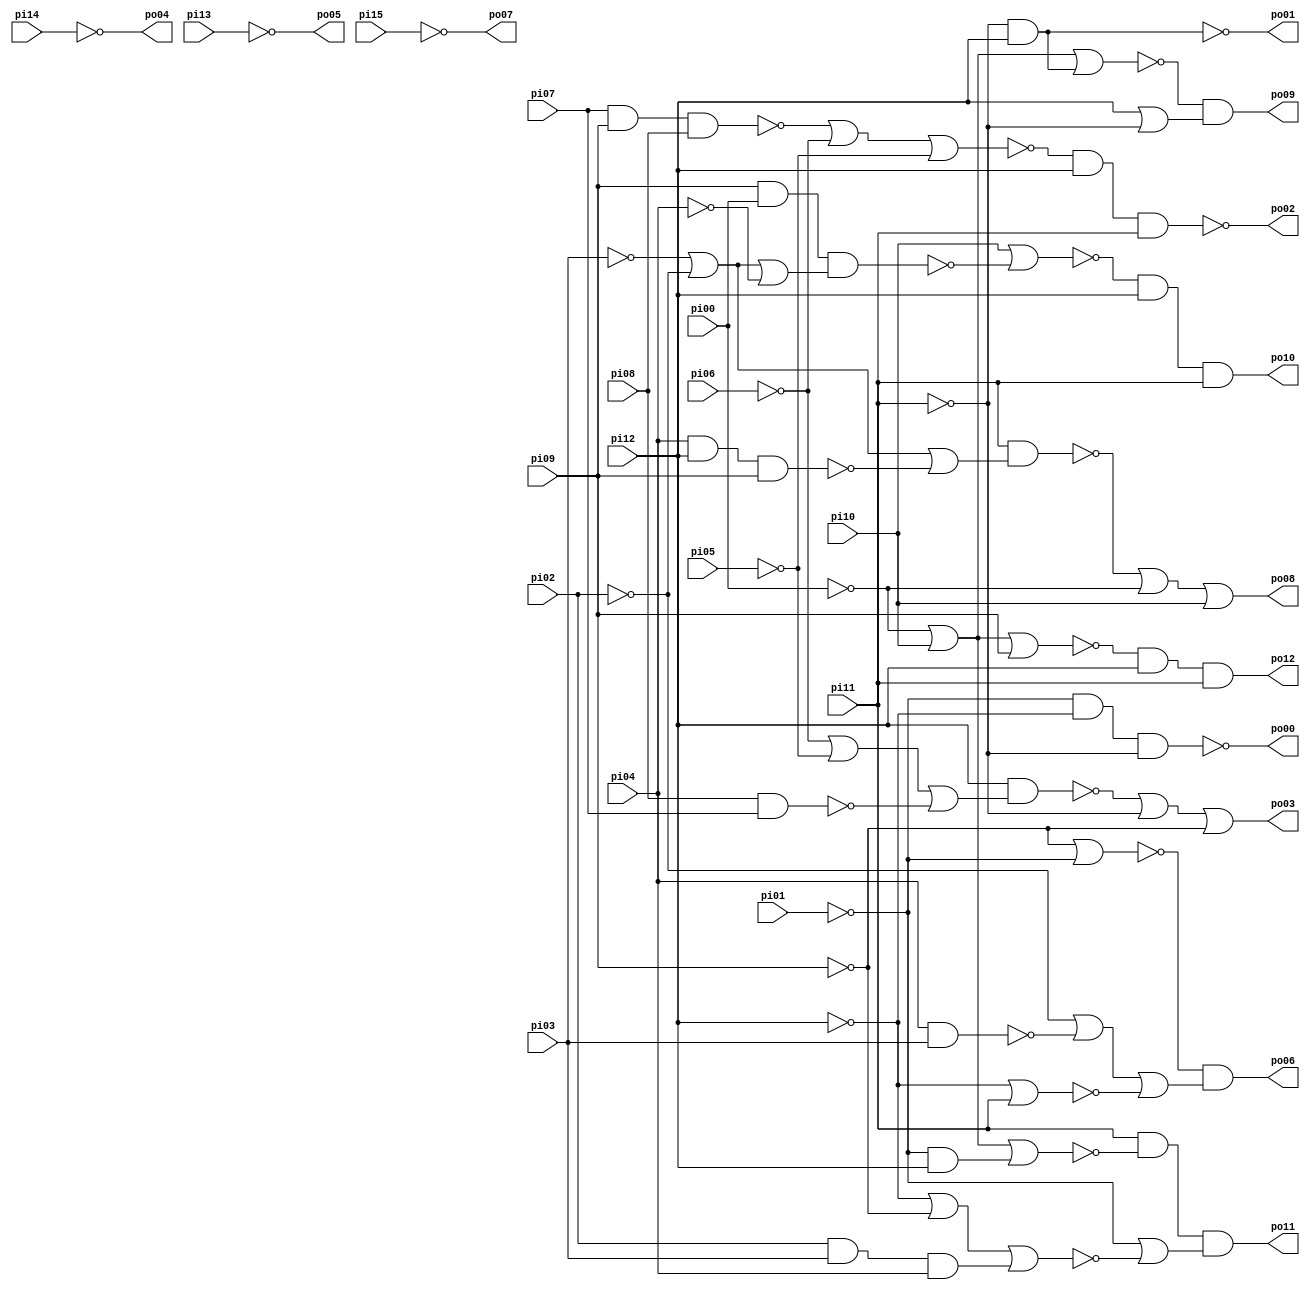
// Benchmark "pm1" written by ABC on Thu Mar 19 13:02:36 2020

module pm1 ( 
    pi00, pi01, pi02, pi03, pi04, pi05, pi06, pi07, pi08, pi09, pi10, pi11,
    pi12, pi13, pi14, pi15,
    po00, po01, po02, po03, po04, po05, po06, po07, po08, po09, po10, po11,
    po12  );
  input  pi00, pi01, pi02, pi03, pi04, pi05, pi06, pi07, pi08, pi09,
    pi10, pi11, pi12, pi13, pi14, pi15;
  output po00, po01, po02, po03, po04, po05, po06, po07, po08, po09, po10,
    po11, po12;
  wire new_n43_, new_n44_, new_n45_, new_n46_, new_n47_, new_n48_, new_n49_,
    new_n50_, new_n51_, new_n52_, new_n53_, new_n54_, new_n55_, new_n56_,
    new_n57_, new_n58_, new_n59_, new_n60_;
  assign po00 = ~new_n51_;
  assign po01 = ~new_n52_;
  assign po02 = ~new_n54_;
  assign po03 = ~new_n56_ | ~pi11 | ~pi09;
  assign po04 = ~pi14;
  assign po05 = ~pi13;
  assign po06 = ~new_n60_ & (~pi02 | ~new_n58_ | ~new_n59_);
  assign po07 = ~pi15;
  assign po08 = ~new_n43_ | ~pi00 | pi10;
  assign po09 = ~new_n45_ & (pi12 | ~pi11);
  assign po10 = ~new_n46_ & pi12 & pi11;
  assign po11 = pi11 & ~new_n49_ & (~pi01 | ~new_n48_);
  assign po12 = ~new_n50_ & pi12 & pi11;
  assign new_n43_ = pi11 & (~pi03 | ~pi02 | ~new_n44_);
  assign new_n44_ = pi04 & pi12 & pi09;
  assign new_n45_ = ~pi00 | pi10 | (~pi11 & pi12);
  assign new_n46_ = pi10 | ~new_n47_;
  assign new_n47_ = pi09 & pi00 & (~pi02 | ~pi03 | ~pi04);
  assign new_n48_ = ~pi12 | ~pi09 | (pi02 & pi03 & pi04);
  assign new_n49_ = ~pi00 | pi10 | (~pi01 & pi12);
  assign new_n50_ = ~pi00 | pi10 | pi09;
  assign new_n51_ = ~pi01 & ~pi12 & ~pi11;
  assign new_n52_ = pi12 & ~pi11;
  assign new_n53_ = ~new_n55_ | ~pi06 | ~pi05;
  assign new_n54_ = ~new_n53_ & pi12 & pi11;
  assign new_n55_ = pi07 & pi09 & pi08;
  assign new_n56_ = pi12 & (~pi06 | ~pi05 | ~new_n57_);
  assign new_n57_ = pi08 & pi07;
  assign new_n58_ = pi04 & pi03;
  assign new_n59_ = ~pi12 | pi11;
  assign new_n60_ = ~pi09 | ~pi01;
endmodule